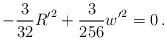
LaTeX: \begin{align*}- \frac{3}{32}{R'}^2+ \frac{3}{256}{w'}^2 =0\,.\end{align*}